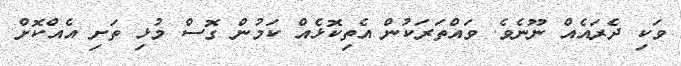
ވަކި ދެރައެއް ނޫނެވެ. ވައްތަރަކުން އެތިކޮޅެއް ކަމުން ގޮސް މުޅި ތަށި އެއްކޮށް